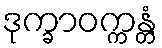
ဒုက္ခာဝက္ကန္တံ